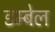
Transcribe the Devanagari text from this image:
डम्बेल